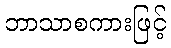
ဘာသာစကားဖြင့်